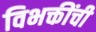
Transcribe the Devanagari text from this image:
विभक्तींची